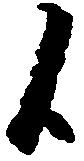
候